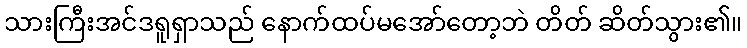
သားကြီးအင်ဒရူရှာသည် နောက်ထပ်မအော်တော့ဘဲ တိတ် ဆိတ်သွား၏။